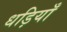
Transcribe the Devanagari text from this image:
धड़ियाँ